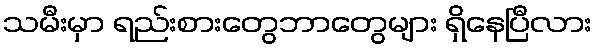
သမီးမှာ ရည်းစားတွေဘာတွေများ ရှိနေပြီလား